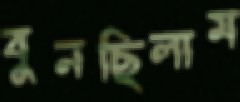
বুনছিলাম